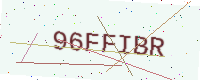
Text: 96FFIBR